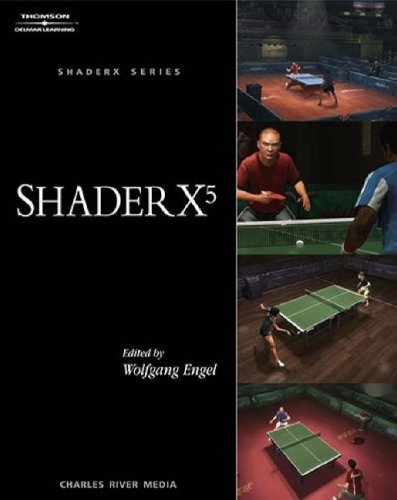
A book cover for ShaderX5: Advanced Rendering Techniques; Wolfgang Engel; Computers & Technology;